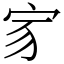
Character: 𡧘